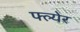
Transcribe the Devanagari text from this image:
फ्ल्येर